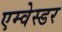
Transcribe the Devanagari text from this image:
एम्वेस्डर